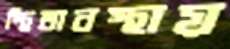
স্থিতাবস্থায়